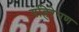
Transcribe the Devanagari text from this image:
गहिरेपण